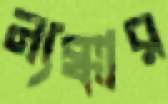
ন্যক্কার